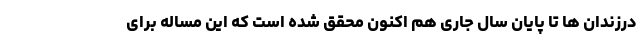
درزندان ها تا پایان سال جاری هم اکنون محقق شده است که این مساله برای